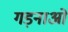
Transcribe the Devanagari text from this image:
गड़नाओ